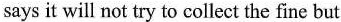
says it will not try to collect the fine but